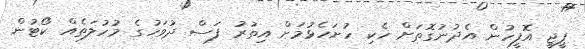
ޕީޖީ އޮފީހުން އެދުނުގޮތަށް ހެކި ހުށަހެޅުމަށް އިތުރު ފަސް ދުވަހުގެ މުހުލަތެއް ކޯޓުން